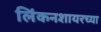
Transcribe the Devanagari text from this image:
लिंकनशायरच्या